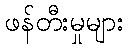
ဖန်တီးမှုများ